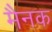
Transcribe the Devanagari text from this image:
मैनक